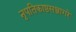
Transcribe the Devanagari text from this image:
नृपतिकाष्ठसञ्जागरे